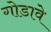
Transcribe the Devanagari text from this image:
गोडावे